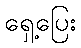
ရှေ့ပြေး